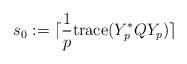
LaTeX: \begin{align*}s_0:=\lceil \frac1p{\rm trace} (Y_p^*QY_p)\rceil\end{align*}